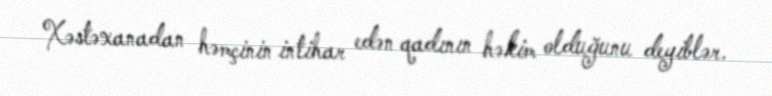
Xəstəxanadan həmçinin intihar edən qadının həkim olduğunu deyiblər.